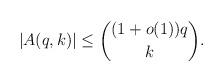
LaTeX: \begin{align*} |A(q,k)| \leq \binom{(1+o(1))q}{k}. \end{align*}